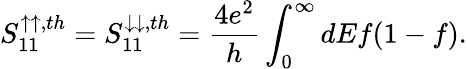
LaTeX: {S_{11}^{\uparrow\uparrow,th}=S_{11}^{\downarrow\downarrow,th}=\frac{4e^{2}}{h}\int_{0}^{\infty}dEf(1-f).}